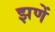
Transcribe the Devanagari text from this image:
झणें